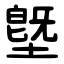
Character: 墍